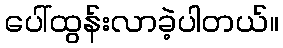
ပေါ်ထွန်းလာခဲ့ပါတယ်။